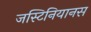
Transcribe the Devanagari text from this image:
जस्टिनियानस